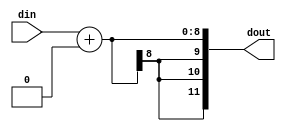
// ---------------------------------------------------------------------------
//  Jelly  -- The platform for real-time computing
//
//                                 Copyright (C) 2008-2020 by Ryuji Fuchikami
//                                 https://github.com/ryuz/jelly.git
// ---------------------------------------------------------------------------



`timescale 1ns / 1ps
`default_nettype none


// 
module jelly_data_expand
        #(
            parameter   NUM            = 1,
            parameter   IN_DATA_WIDTH  = 8,
            parameter   OUT_DATA_WIDTH = 12,
            parameter   DATA_SIGNED    = 1,
            parameter   OFFSET         = 0,
            parameter   RSHIFT         = 0,
            parameter   LSHIFT         = 0
        )
        (
            input   wire    [NUM*IN_DATA_WIDTH-1:0]     din,
            output  wire    [NUM*OUT_DATA_WIDTH-1:0]    dout
        );
    
    genvar      i;
    
    generate
    if ( DATA_SIGNED ) begin : blk_signed
        for ( i = 0; i < NUM; i = i+1 ) begin : loop_unit
            wire    signed  [IN_DATA_WIDTH-1:0]     in_data;
            wire    signed  [OUT_DATA_WIDTH-1:0]    out_data;
            assign in_data  = din[i*IN_DATA_WIDTH +: IN_DATA_WIDTH];
            assign out_data = (((in_data + OFFSET) >>> RSHIFT) <<< LSHIFT);
            assign dout[i*OUT_DATA_WIDTH +: OUT_DATA_WIDTH] = out_data;
        end
    end
    else begin : blk_unsigned
        for ( i = 0; i < NUM; i = i+1 ) begin : loop_unit
            wire            [IN_DATA_WIDTH-1:0]     in_data;
            wire            [OUT_DATA_WIDTH-1:0]    out_data;
            assign in_data  = din[i*IN_DATA_WIDTH +: IN_DATA_WIDTH];
            assign out_data = (((in_data + OFFSET) >> RSHIFT) << LSHIFT);
            assign dout[i*OUT_DATA_WIDTH +: OUT_DATA_WIDTH] = out_data;
        end
    end
    endgenerate
    
endmodule


`default_nettype wire


// end of file